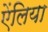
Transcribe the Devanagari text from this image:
ऐंलिया